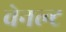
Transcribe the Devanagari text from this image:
वेनल्ट